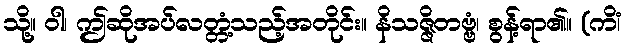
သို့။ ဝါ၊ ဤဆိုအပ်လတ္တံ့သည့်အတိုင်း။ နိသဇ္ဇိတဗ္ဗံ၊ စွန့်ရာ၏။ (ကိံ၊